65_HS1-834228961_62-HQ-83894_Section_6
Agency: FBI
Page 225
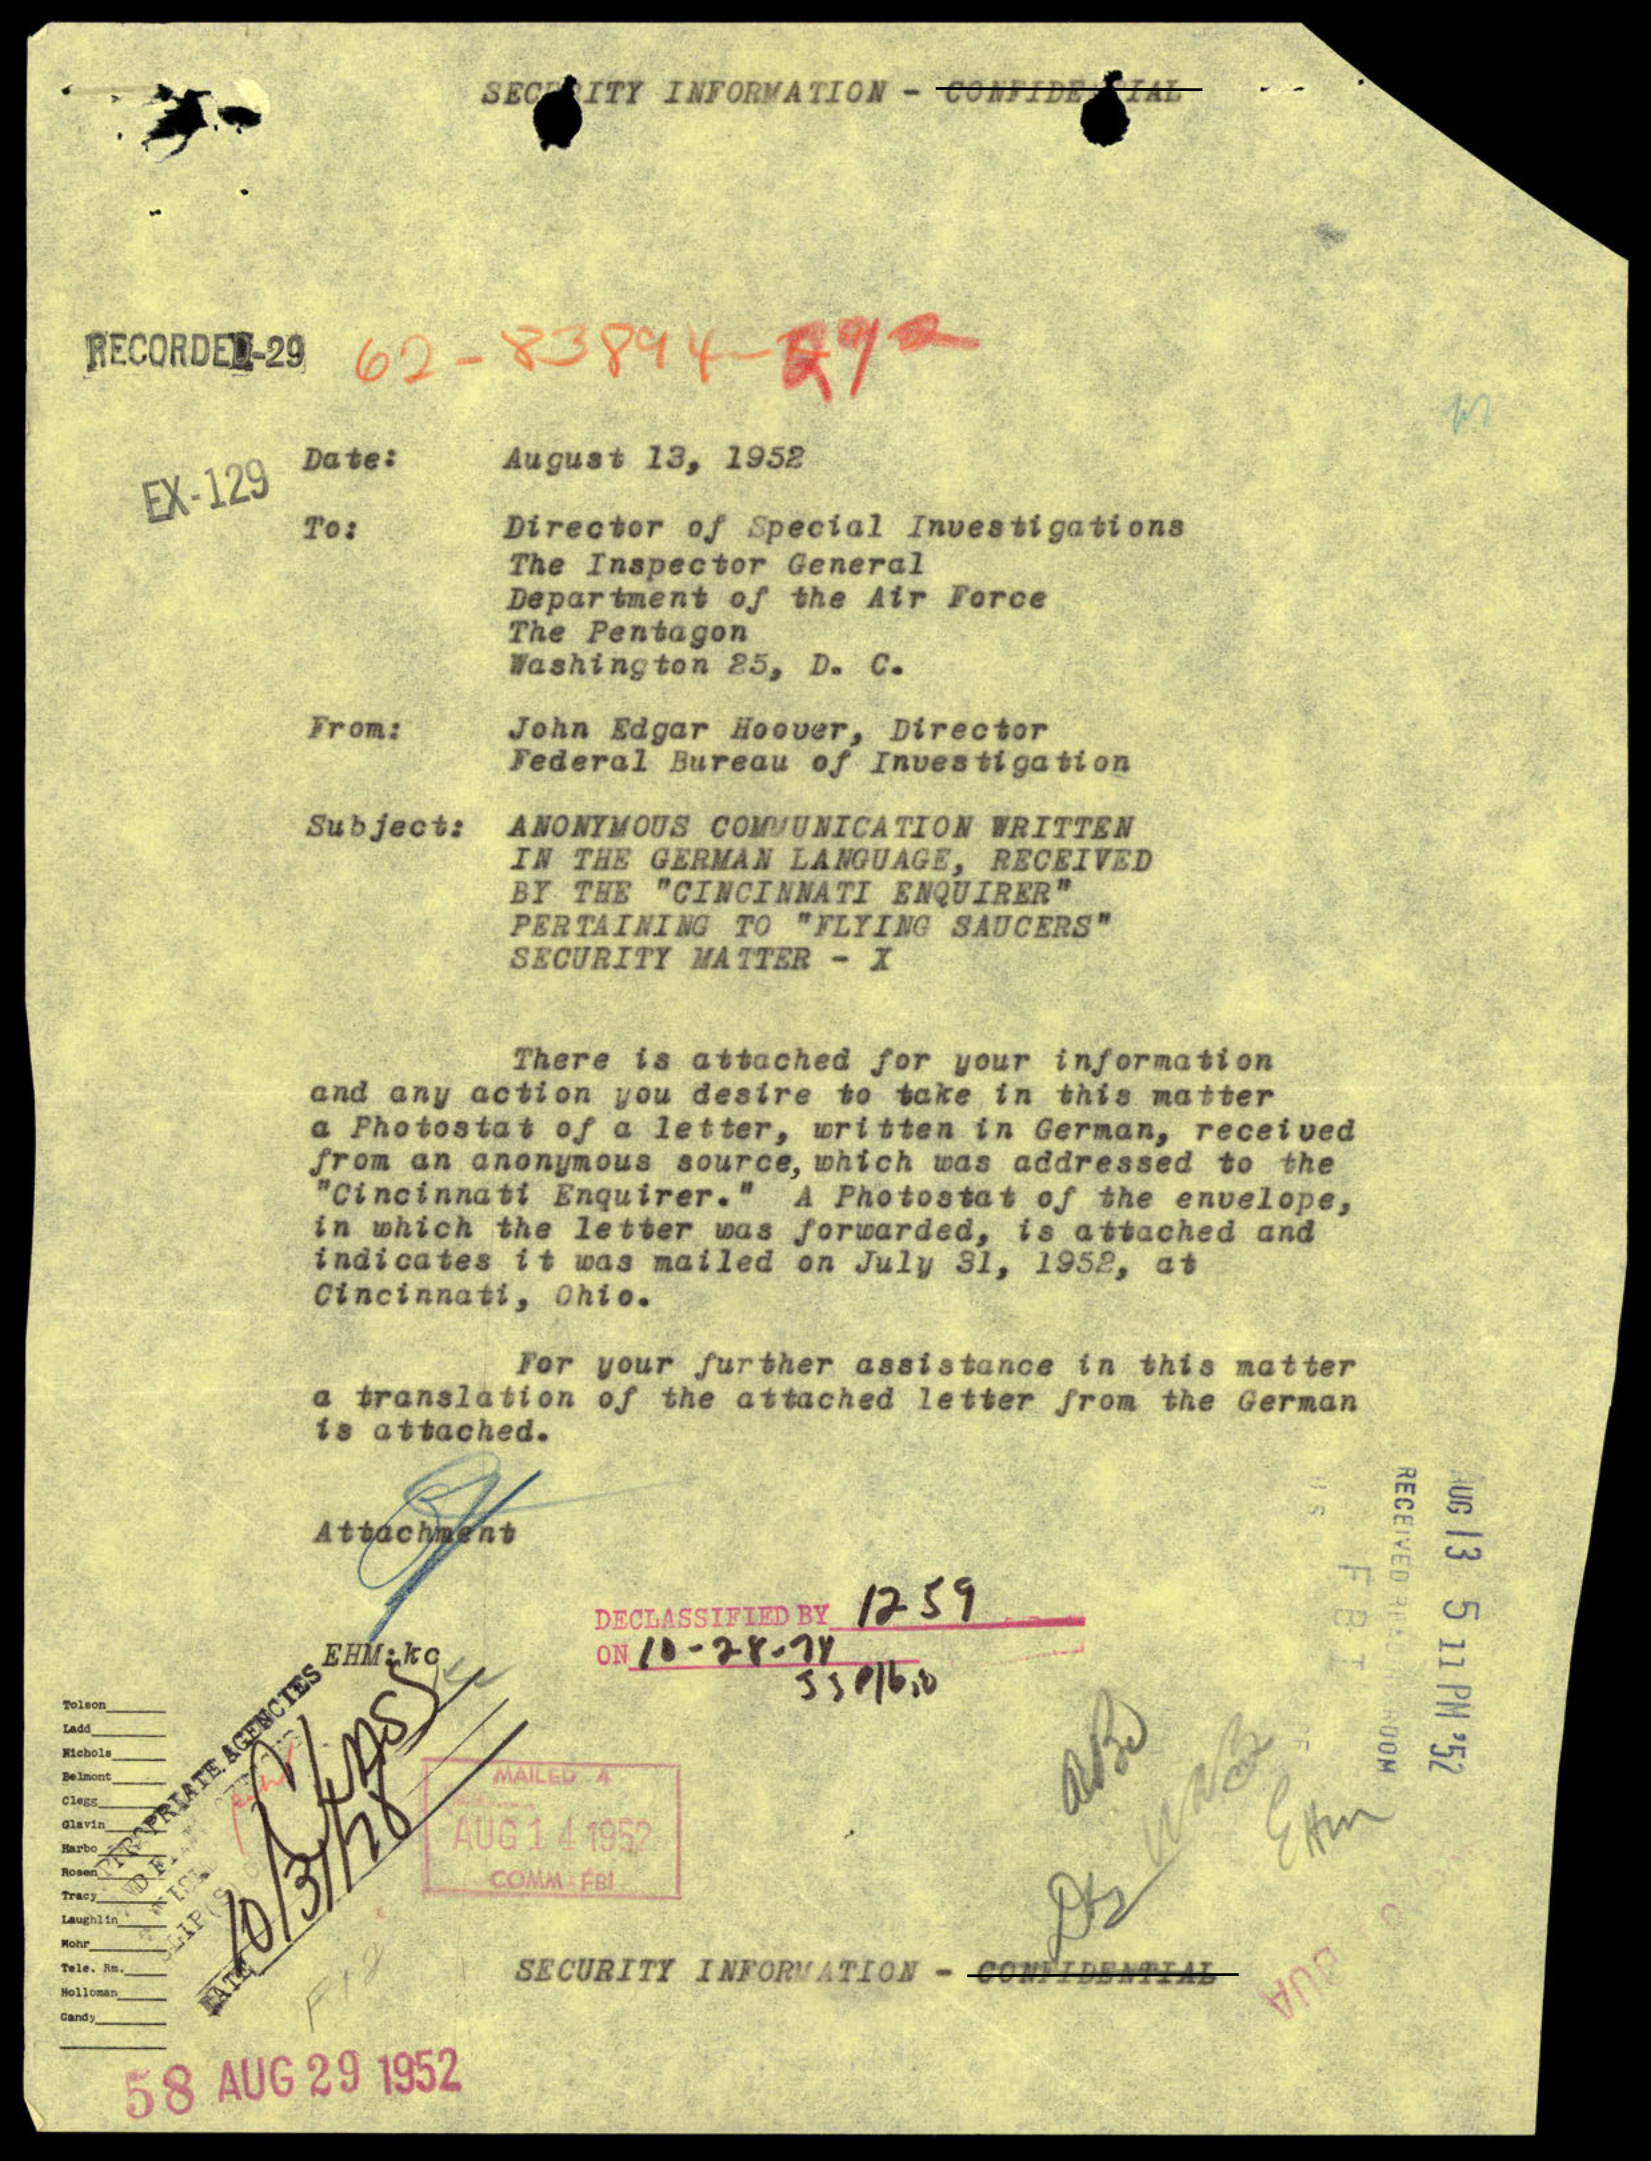